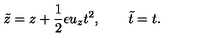
{ \tilde { z } } = z + \frac { 1 } { 2 } \epsilon u _ { z } t ^ { 2 } , \qquad { \tilde { t } } = t .